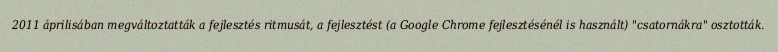
2011 áprilisában megváltoztatták a fejlesztés ritmusát, a fejlesztést (a Google Chrome fejlesztésénél is használt) "csatornákra" osztották.